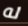
له